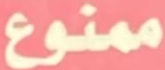
ممنوع